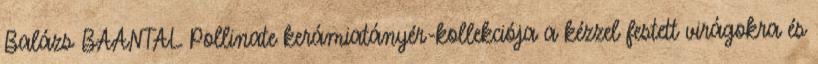
Balázs BAANTAL Pollinate kerámiatányér-kollekciója a kézzel festett virágokra és